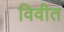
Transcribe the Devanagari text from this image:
विवीत